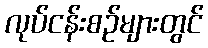
လုပ်ငန်းစဉ်များတွင်